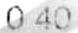
0.40